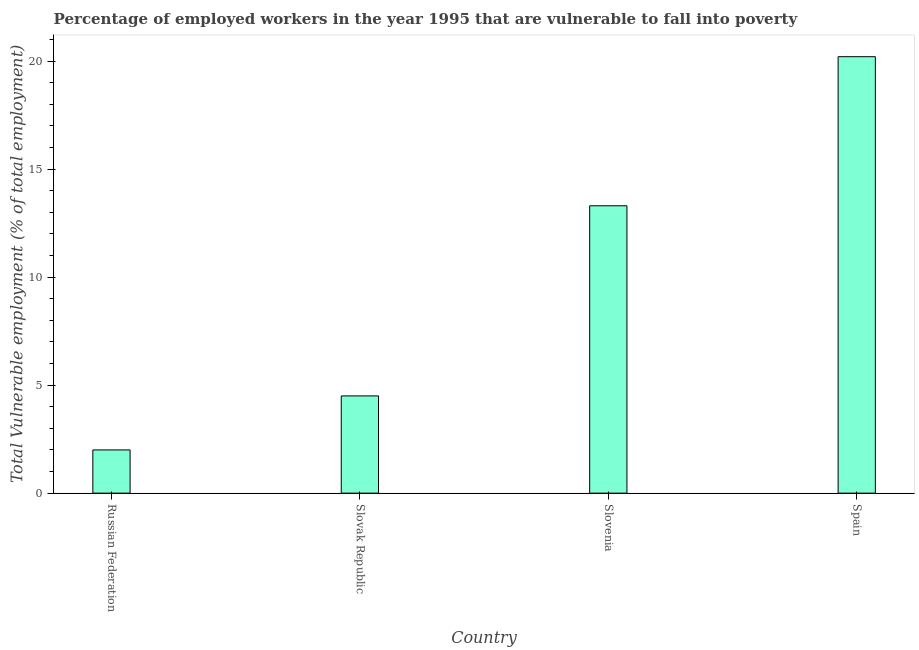
| Country | Vulnerable employment |
 | --- | --- |
 | Russian Federation | 2 |
 | Slovak Republic | 4.5 |
 | Slovenia | 13.3 |
 | Spain | 20.2 |